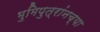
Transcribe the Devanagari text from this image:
भुमिपुत्रांनच्या